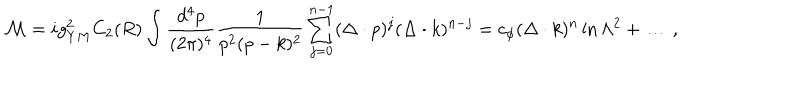
LaTeX: { \cal M } = i g _ { Y M } ^ { 2 } C _ { 2 } ( R ) \int { \frac { d ^ { 4 } p } { ( 2 \pi ) ^ { 4 } } } { \frac { 1 } { p ^ { 2 } ( p - k ) ^ { 2 } } } \sum _ { j = 0 } ^ { n - 1 } ( \Delta \cdot p ) ^ { j } ( \Delta \cdot k ) ^ { n - j } = c _ { \phi } ( \Delta \cdot k ) ^ { n } \ln \Lambda ^ { 2 } + \ldots \, ,